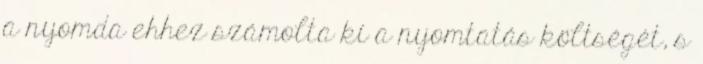
a nyomda ehhez számolta ki a nyomtatás költségét, s